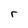
Character: r